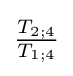
{\tfrac {T_{2;4}}{T_{1;4}}}